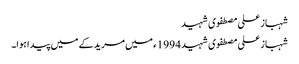
شہباز علی مصطفوی شہید
شہباز علی مصطفوی شہید 1994ء میں مریدکے میں پیدا ہوا۔